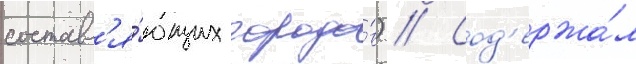
составл'я́ющих городо́в) // Сод'ержа́л